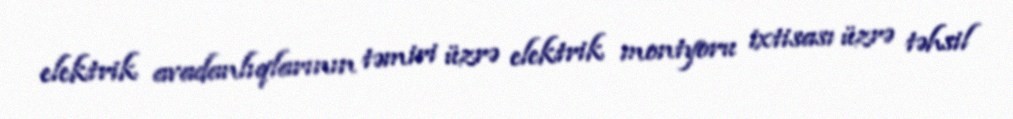
elektrik avadanlıqlarının təmiri üzrə elektrik montyoru ixtisası üzrə təhsil